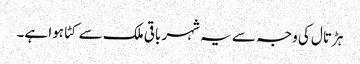
ہڑتال کی وجہ سے یہ شہر باقی ملک سے کٹا ہوا ہے۔